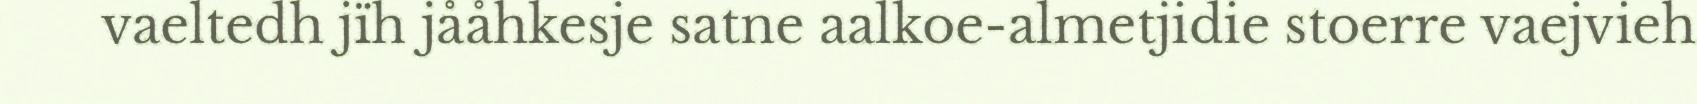
vaeltedh jïh jååhkesje satne aalkoe-almetjidie stoerre vaejvieh